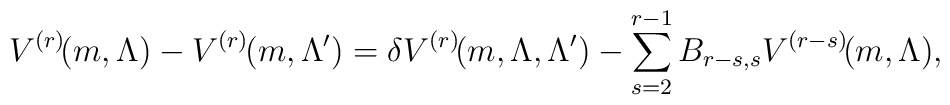
V^{(r)}\hspace{-.07cm}(m,\Lambda)-V^{(r)}\hspace{-.12cm}\left(m,\Lambda^{\prime}\right)={\delta V^{(r)}\hspace{-.07cm}(m,\Lambda,\Lambda^{\prime})-\sum_{s=2}^{r-1}B_{r-s,s}V^{(r-s)}\hspace{-.07cm}(m,\Lambda)},